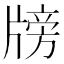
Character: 牓